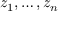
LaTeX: z _ { 1 } , \ldots , z _ { n }